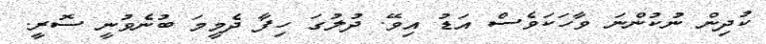
ކުދިން ނުކުންނަ ވާހަކަވެސް އަޑު އިވޭ. ދުލުގަ ހިފާ ދެމީމަ ބުނެވުނީ ސޮރީ.